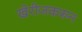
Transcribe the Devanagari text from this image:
खेरीजकरून